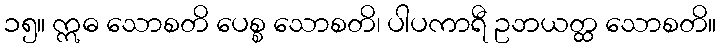
၁၅။ ဣဓ သောစတိ ပေစ္စ သောစတိ၊ ပါပကာရီ ဥဘယတ္ထ သောစတိ။